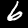
Label: 6